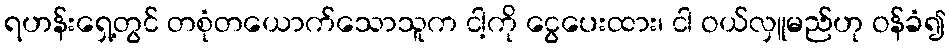
ရဟန်းရှေ့တွင် တစုံတယောက်သောသူက ငါ့ကို ငွေပေးထား၊ ငါ ဝယ်လှူမည်ဟု ဝန်ခံ၍